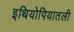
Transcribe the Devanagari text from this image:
इथियोपियातली